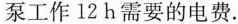
泵工作12h需要的电费.